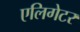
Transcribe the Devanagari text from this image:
एलिगेटर